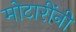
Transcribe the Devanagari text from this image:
मोटारींनी